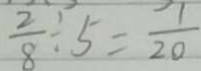
\frac { 2 } { 8 } \div 5 = \frac { 7 } { 2 0 }